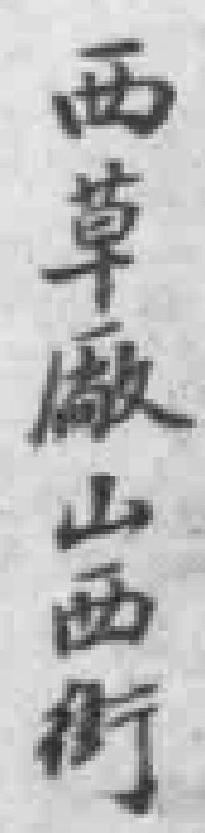
西草厰山西街